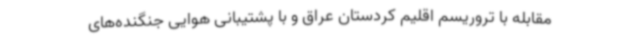
مقابله با تروریسم اقلیم کردستان عراق و با پشتیبانی هوایی جنگنده‌های